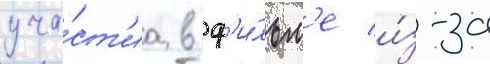
уча́ст'иа в ф'и́льм'е и́з-за